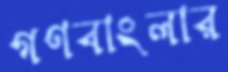
গণবাংলার